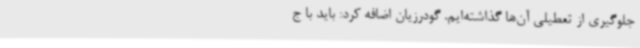
جلوگیری از تعطیلی آن‌ها گذاشته‌ایم. گودرزیان اضافه کرد: باید با ج